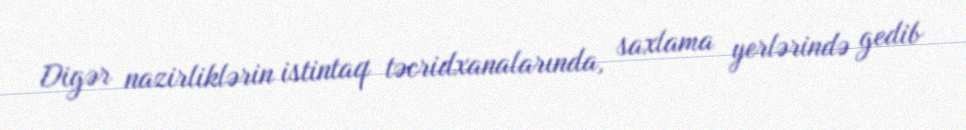
Digər nazirliklərin istintaq təcridxanalarında, saxlama yerlərində gedib